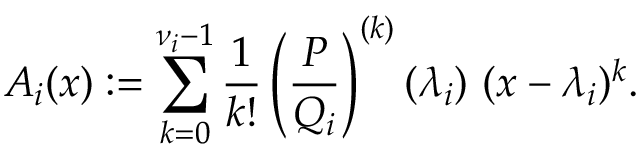
A _ { i } ( x ) : = \sum _ { k = 0 } ^ { \nu _ { i } - 1 } { \frac { 1 } { k ! } } \left( { \frac { P } { Q _ { i } } } \right) ^ { ( k ) } ( \lambda _ { i } ) \ ( x - \lambda _ { i } ) ^ { k } .